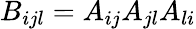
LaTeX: B_{ijl}=A_{ij}A_{jl}A_{li}